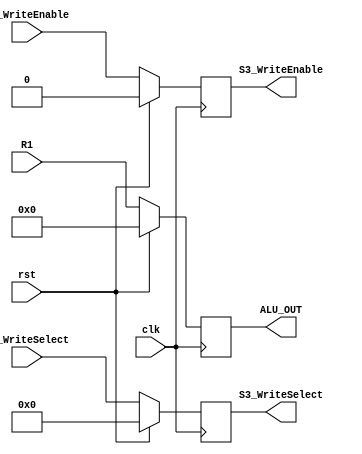
`timescale 1ns / 1ps
//////////////////////////////////////////////////////////////////////////////////
// Company: 
// Engineer: 
// 
// Design Name: 
// Module Name: S3_Register
// Project Name: 
// Target Devices: 
// Tool Versions: 
// Description: 
// 
// Dependencies: 
// 
// Revision:
// Revision 0.01 - File Created
// Additional Comments:
// 
//////////////////////////////////////////////////////////////////////////////////


module S3_Register(
    input clk,
	input rst,
	input [31:0] R1,
	input [4:0] S2_WriteSelect,
	input S2_WriteEnable,
	
	output reg [31:0] ALU_OUT,
	output reg [4:0] S3_WriteSelect,
	output reg S3_WriteEnable
    );
    
    always@(posedge clk)
        begin
        if (rst)
            begin
            ALU_OUT <= 32'd0;
            S3_WriteSelect <= 5'd0;
            S3_WriteEnable <= 1'b0;
            end
        else
            begin
            ALU_OUT <= R1;
            S3_WriteSelect <= S2_WriteSelect;
            S3_WriteEnable <= S2_WriteEnable;
            end
        end
endmodule